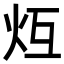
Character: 𪸒